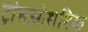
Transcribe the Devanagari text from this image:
ट्रांसओशनिक